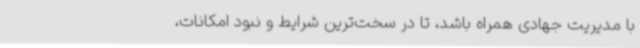
با مدیریت جهادی همراه باشد، تا در سخت‌ترین شرایط و نبود امکانات،